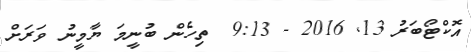
އޮކްޓޯބަރު 13